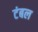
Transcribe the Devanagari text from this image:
टंबल